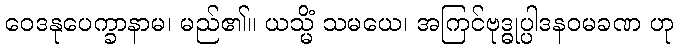
ဝေဒနုပေက္ခာနာမ၊ မည်၏။ ယသ္မိံ သမယေ၊ အကြင်ဗုဒ္ဓုပ္ပါဒနဝမခဏ ဟု